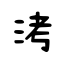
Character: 洘